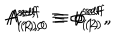
A _ { ( 1 ) , 0 } ^ { \mathrm { s e l f } } \equiv { \phi } _ { ( 1 ) } ^ { \mathrm { s e l f } } , \hspace { 1 c m } A _ { ( 2 ) , 0 } ^ { \mathrm { s e l f } } \equiv { \phi } _ { ( 2 ) } ^ { \mathrm { s e l f } } ,